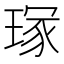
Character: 𭹣